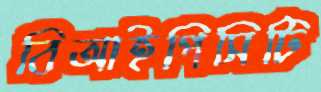
বিআইপিসিটি